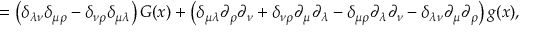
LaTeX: = \left( \delta _ { \lambda \nu } \delta _ { \mu \rho } - \delta _ { \nu \rho } \delta _ { \mu \lambda } \right) { \cal G } ( x ) + \left( \delta _ { \mu \lambda } \partial _ { \rho } \partial _ { \nu } + \delta _ { \nu \rho } \partial _ { \mu } \partial _ { \lambda } - \delta _ { \mu \rho } \partial _ { \lambda } \partial _ { \nu } - \delta _ { \lambda \nu } \partial _ { \mu } \partial _ { \rho } \right) g ( x ) ,